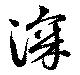
深